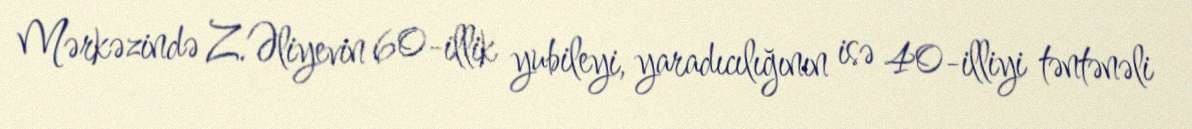
Mərkəzində Z.Əliyevin 60-illik yubileyi, yaradıcılığının isə 40-illiyi təntənəli